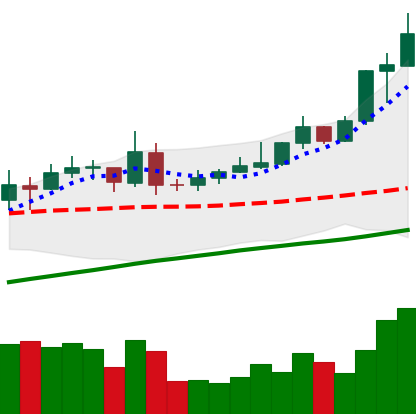
Ticker: XMR-USD
Chart end date: 2020-07-28
Forward return: 4.503%
Label: up_3_5